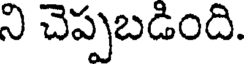
ని చెప్పబడింది.